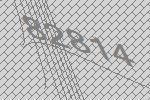
82814